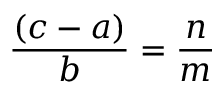
{ \frac { ( c - a ) } { b } } = { \frac { n } { m } }